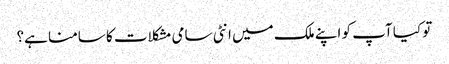
تو کیا آپ کو اپنے ملک میں انٹی سامی مشکلات کا سامنا ہے؟